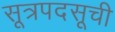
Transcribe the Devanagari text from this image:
सूत्रपदसूची